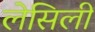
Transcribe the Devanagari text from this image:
लेसिली